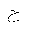
Letter: _ha